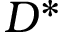
D ^ { \ast }